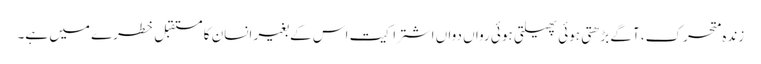
زندہ متحرک، آگے بڑھتی ہوئی پھیلتی ہوئی رواں دواں اشتراکیت اس کے بغیر انسان کا مستقبل خطرے میں ہے۔